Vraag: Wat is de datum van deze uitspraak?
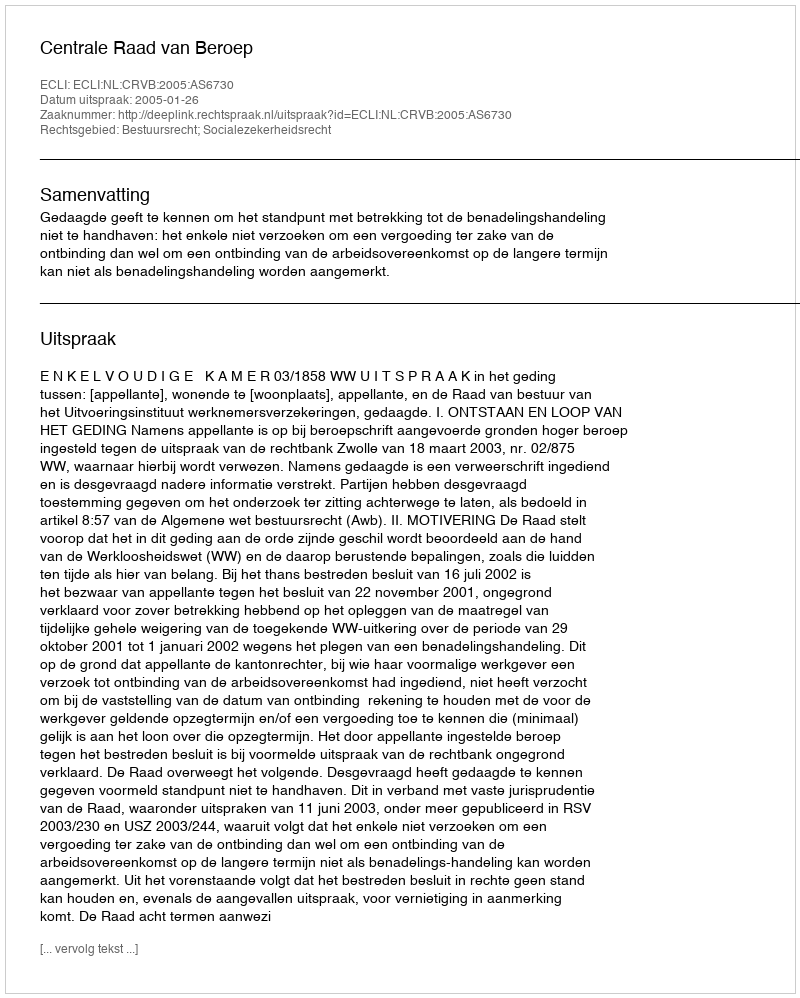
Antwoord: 2005-01-26